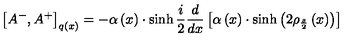
\left[ A ^ { - } , A ^ { + } \right] _ { q \left( x \right) } = - \alpha \left( x \right) \cdot \sinh { } \frac i 2 \frac d { d x } \left[ \alpha \left( x \right) \cdot \sinh \left( 2 \rho _ { \frac s 2 } \left( x \right) \right) \right]